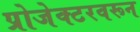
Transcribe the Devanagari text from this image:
प्रोजेक्टरवरून